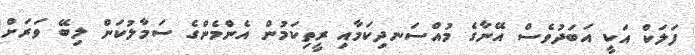
ފަލަކް އަކީ އަބަދުވެސް އޭނާގެ މުއްސަނދިކަމާއި ރީތިކަމުން އެންމެންގެ ސަމާލުކަން ލިބޭ ވަރަށް